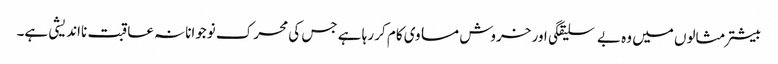
بیشتر مثالوں میں وہ بے سلیقگی اور خروش مساوی کام کر رہا ہے جس کی محرک نوجوانانہ عاقبت نااندیشی ہے۔